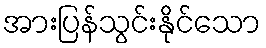
အားပြန်သွင်းနိုင်သော